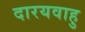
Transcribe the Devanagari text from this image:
दारयवाहु